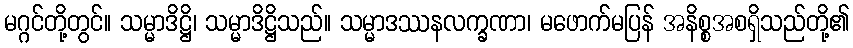
မဂ္ဂင်တို့တွင်။ သမ္မာဒိဋ္ဌိ၊ သမ္မာဒိဋ္ဌိသည်။ သမ္မာဒဿနလက္ခဏာ၊ မဖောက်မပြန် အနိစ္စအစရှိသည်တို့၏